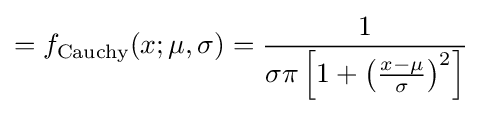
=f_{\text{Cauchy}}(x;\mu ,\sigma )={\frac {1}{\sigma \pi \left[1+\left({\frac {x-\mu }{\sigma }}\right)^{2}\right]}}